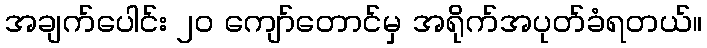
အချက်ပေါင်း ၂၀ ကျော်တောင်မှ အရိုက်အပုတ်ခံရတယ်။